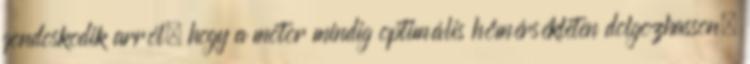
gondoskodik arról, hogy a motor mindig optimális hőmérsékleten dolgozhasson.